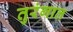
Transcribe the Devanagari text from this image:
तुरंगात